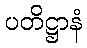
ပတိဋ္ဌာနံ